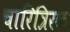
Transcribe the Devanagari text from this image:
चारित्रिरक